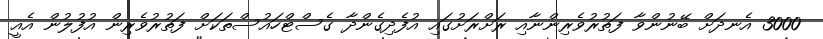
3000 އެނދަށް ބޭނުންވާ ފަތުރުވެރިންނާއި ރަށްރަށުގައި އުފެދިގެންދާ ގެސްޓްހައުސްތަކަށް ފަތުރުވެރިން އުފުލުން އެއީ